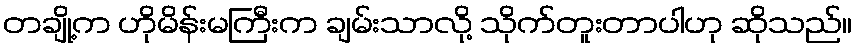
တချို့က ဟိုမိန်းမကြီးက ချမ်းသာလို့ သိုက်တူးတာပါဟု ဆိုသည်။